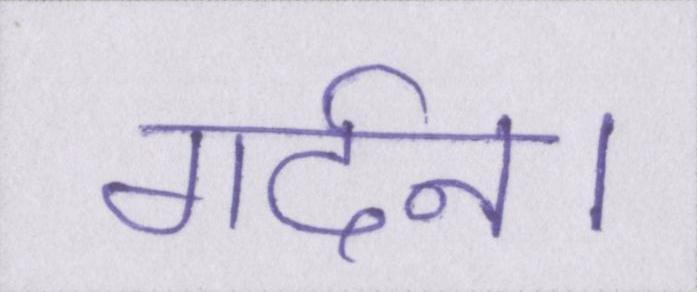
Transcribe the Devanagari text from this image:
गर्दन।